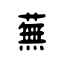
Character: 蕪